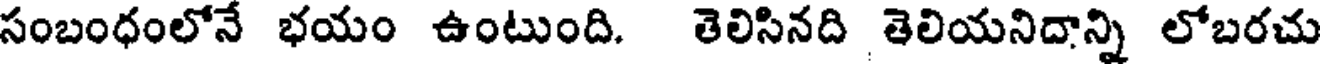
సంబంధంలోనే భయం ఉంటుంది. తెలిసినది తెలియనిదాన్ని లోబరచు